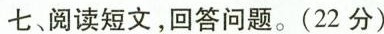
七、阅读短文，回答问题。(22分)